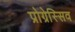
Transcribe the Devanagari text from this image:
प्रोग्रेस्सिव